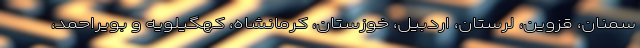
سمنان، قزوین، لرستان، اردبیل، خوزستان، کرمانشاه، کهگیلویه و بویراحمد،